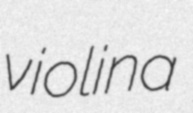
violina